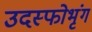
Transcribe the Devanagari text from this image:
उदस्फोभृंग